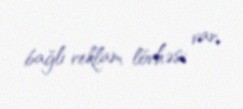
bağlı reklam lövhəsi var.